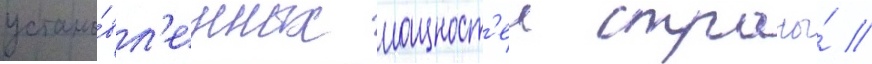
устано́вл'енных мощност'еи страны́ //